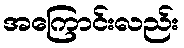
အကြောင်းလည်း